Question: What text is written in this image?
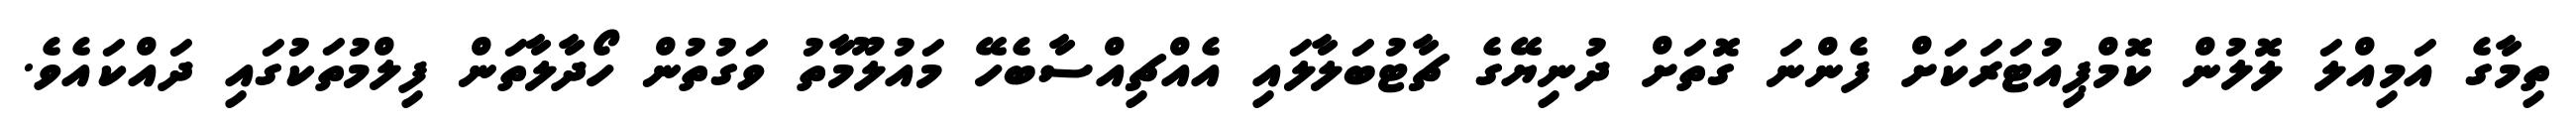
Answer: ތިމާގެ އަމިއްލަ ލޮލުން ކޮމްޕިއުޓަރަކަށް ފެންނަ ގޮތަށް ދުނިޔޭގެ ޗާޓުބަލާލައި އެއްޗިއްސާބެހޭ މައުލޫމާތު ވަގުތުން ހޯދާލާތަން ފިލްމުތަކުގައި ދައްކައެވެ.